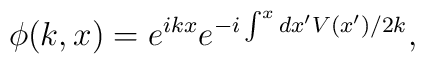
\phi(k,x)=e^{ikx}e^{-i\int^x dx^{\prime}V(x^{\prime})/2k} \\ ,